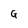
Character: G